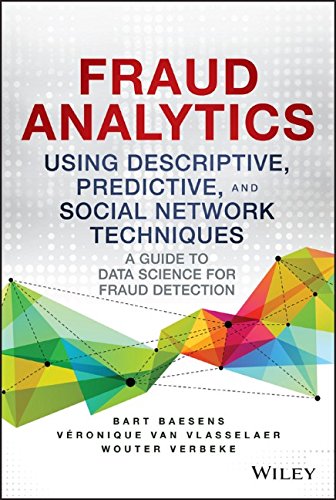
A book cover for Fraud Analytics Using Descriptive, Predictive, and Social Network Techniques: A Guide to Data Science for Fraud Detection (Wiley and SAS Business Series); Bart Baesens; Computers & Technology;